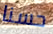
حسنا